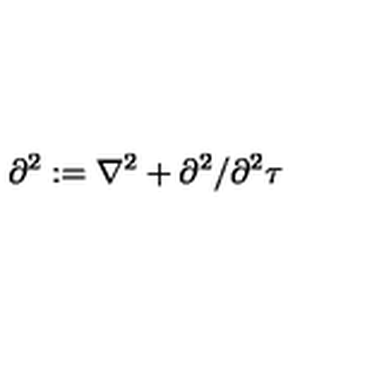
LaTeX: \partial ^ { 2 } : = \nabla ^ { 2 } + \partial ^ { 2 } / \partial ^ { 2 } \tau